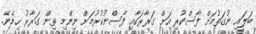
ބަލައި ނުގަތުމަށް ފާސްކުރި އަށް ގަރާރަކާއި ފާސްނުކުރުމަށް ނިންމި ތިން ގަރާރު ހިމެނޭ.